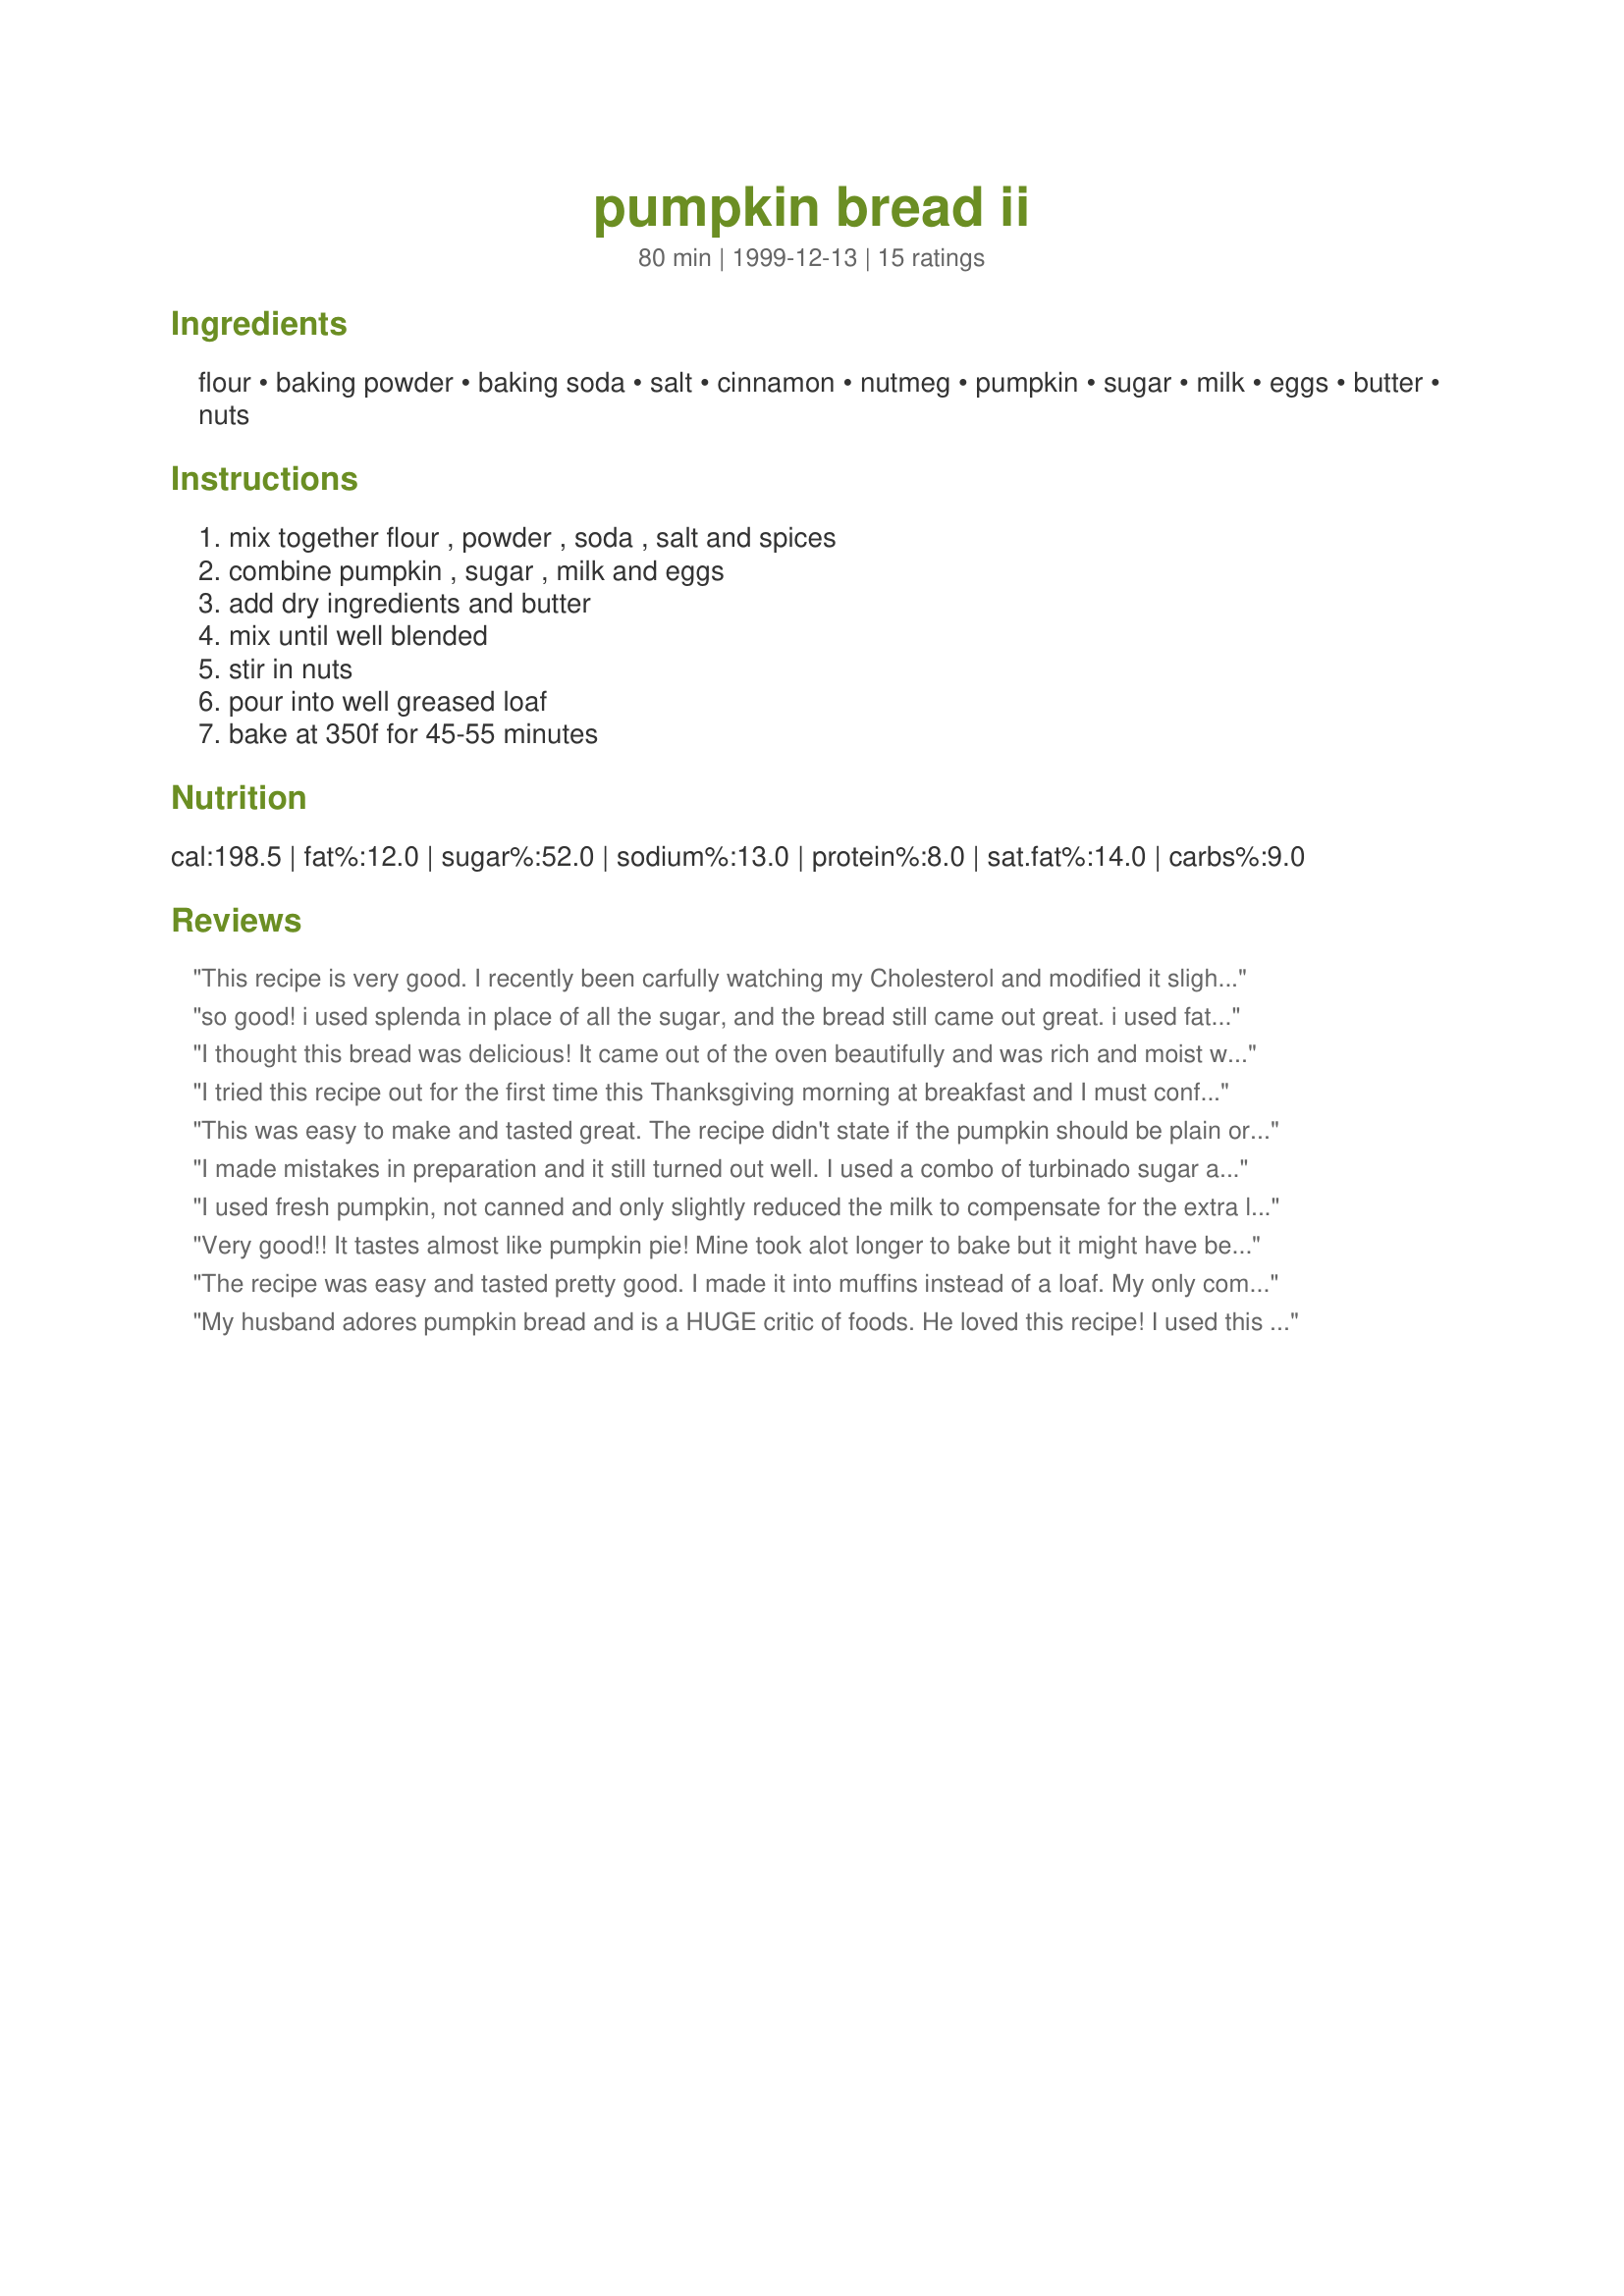
pumpkin bread ii
Preparation time: 80 minutes

Ingredients:
flour, baking powder, baking soda, salt, cinnamon, nutmeg, pumpkin, sugar, milk, eggs, butter, nuts

Steps:
mix together flour , powder , soda , salt and spices, combine pumpkin , sugar , milk and eggs, add dry ingredients and butter, mix until well blended, stir in nuts, pour into well greased loaf, bake at 350f for 45-55 minutes

Reviews:
This recipe is very good. I recently been carfully watching my Cholesterol and modified it slightly. This is what I changed and it reduce the cholesterol content to 0.

1/2 C soy milk in place of the 1/2 C milk.
1/2 C Egg Beaters in place of the 2 eggs.
1/4 C "I can't believe it's not Butter" in place of Butter.

And not that it would make a difference but I baked it in a stoneware loaf pan and it came out beautiful. Very Good! 

so good! i used splenda in place of all the sugar, and the bread still came out great. i used fat free vanilla soy milk for the milk and cooked for 55 minutes. this was reeeally good. very cakey and delicious!
I thought this bread was delicious! It came out of the oven beautifully and was rich and moist with flavor. I drizzled some cinnamon icing over the top and took it to a Holiday party. Everybody loved it. Thank you!
I tried this recipe out for the first time this Thanksgiving morning at breakfast and I must confess to a few minor changes...
I didn't have the canned pumpkin (for pies), so I used canned squash (for pies) instead...
I couldn't find my nutmeg, so I only used the cinnamon it called for...I also substituted cold water for the milk...Even with ALL that, it was wonderful!I baked it in an 8" square pan instead of a loaf pan (since my loaf pans were being used for other recipes) so it only took 40 min in my oven
It rose well during baking and it didn't get too dark...I let it cool at least 10 min IN the pan on a wire rack before removing from the pan...I SO enjoyed it that I'm even making it for an upcoming bake sale ...
EDIT: I did it for the bake sale as an 8" square snack cake (once more with the squash and this time WITH the nutmeg) and it was a big hit! It was one of the FIRST items sold (for $5!) and the next day the buyer RAVED about it!
THANK you for posting this delicious recipe...
I hope to be checking out your other recipes soon!!
This was easy to make and tasted great. The recipe didn't state if the pumpkin should be plain or the type used for pie filling. I used a cup of plain pumpkin. Next time I'd try the pie filling kind to see the difference.
I made mistakes in preparation and it still turned out well. I used a combo of turbinado sugar and sucanat sugar and I even tripled the recipe with good results. It's a good, safe, yummy recipe.
I used fresh pumpkin, not canned and only slightly reduced the milk to compensate for the extra liquid. This is delicious, but a 5 star recipe with cream cheese slathered on it!
Very good!! It tastes almost like pumpkin pie! Mine took alot longer to bake but it might have been my acting up oven. Just be sure to do the toothpick test to check if it's done. Very tasty!!
The recipe was easy and tasted pretty good. I made it into muffins instead of a loaf. My only complaint was that it was a bit greasy. It soaked through the muffin papers.
My husband adores pumpkin bread and is a HUGE critic of foods. He loved this recipe! I used this recipe to make him a "pumpkin bread birthday cake" as a surprise. I had added a thin layer of vanilla icing. This tasted wonderful! It even tasted great cold!
FANTASTIC RECIPE!
I couldn't find the recipe I previously used so decided to try this one. Everyone who had tasted both liked this one better. I almost always replace some white flour with whole wheat and did the same this time -- half of each. I also used butternut squash instead of pumpkin (because that's what I had), and it worked fine. In the absence of nuts in my pantry I used raisins. This is an easy recipe and the results are pleasing.
I couldn't taste anything beyond the flour even though I heaped the spices and pumpkin.
I used wheat flour instead of white and I left out the nuts. This recipe was simple and tasted good too.
I like the proportions, but with a slight variation. I cream the (softened) butter and sugar, then add the eggs, pumpkin, and milk. Then the dry ingredients, doubling the cinnamon and adding a sprinkle of ginger as well. Also, I have made the recipe as muffins, baking at 350 for approx. 20 minutes, to the great delight of my coworkers.
I loved this recipe but made some big changes and it worked out great: I used: 2 c spelt flour, deleted the cinnamon and deleted the nutmeg. I used fresh pumpkin, and no sugar- just 1/2 cup honey, used rice milk instead of regular milk, and added in all the rest of the listed ingredients but added 3 additional things: 1 tsp vanilla, 1 tsp almond extract and 1 cup semi sweet CHOCOLATE CHIPS! Its delicious. Thanks for sharing.
